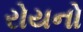
રોયનો